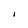
Character: l